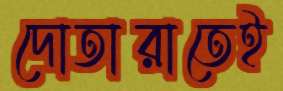
দোতারাতেই